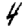
Digit: 4